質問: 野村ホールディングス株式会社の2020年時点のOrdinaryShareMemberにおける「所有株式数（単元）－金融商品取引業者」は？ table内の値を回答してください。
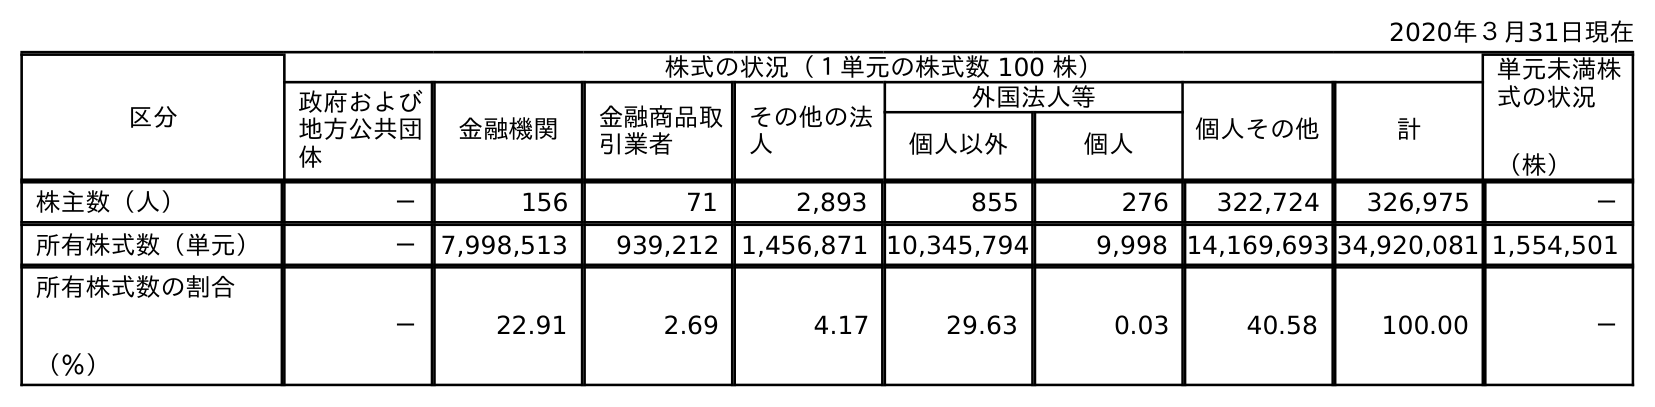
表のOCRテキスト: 2020年３月31日現在 区分 株式の状況（１単元の株式数 100 株） 単元未満株 式の状況 （株） 政府および 地方公共団 体 金融機関 金融商品取 引業者 その他の法 人 外国法人等 個人その他 計 個人以外 個人 株主数（人） － 156 71 2,893 855 276 322,724 326,975 － 所有株式数（単元） － 7,998,513 939,212 1,456,871 10,345,794 9,998 14,169,693 34,920,081 1,554,501 所有株式数の割合 （％） － 22.91 2.69 4.17 29.63 0.03 40.58 100.00 －
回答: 939,212